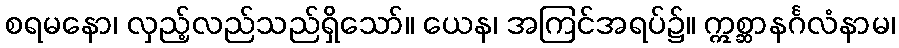
စရမနော၊ လှည့်လည်သည်ရှိသော်။ ယေန၊ အကြင်အရပ်၌။ ဣစ္ဆာနင်္ဂလံနာမ၊